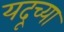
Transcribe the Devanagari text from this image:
यदूच्या